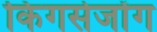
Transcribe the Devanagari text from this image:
किंगसेजोंग